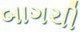
બાગચી